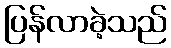
ပြန်လာခဲ့သည်